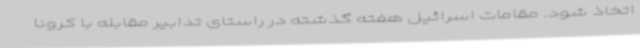
اتخاذ شود. مقامات اسرائیل هفته گذشته در راستای تدابیر مقابله با کرونا